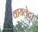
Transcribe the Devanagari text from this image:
वायलेट।